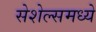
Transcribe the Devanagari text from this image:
सेशेल्समध्ये